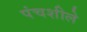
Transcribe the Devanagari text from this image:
पंचशीले